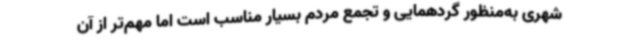
شهری به‌منظور گردهمایی و تجمع مردم بسیار مناسب است اما مهم‌تر از آن